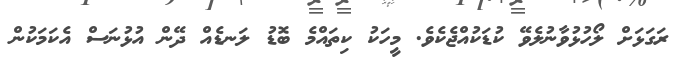
ރަގަޅަށް ލޯހުޅުވާނުލެވޭ ކުޑަކުއްޖެކެވެ. މީހަކު ކިތައްމެ ބޮޑު ލަނޑެއް ދޭން އުޅުނަސް އެކަމަކުން